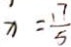
x = \frac { 1 7 } { 5 }